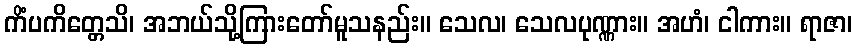
ကိံပကိတ္တေသိ၊ အဘယ်သို့ကြားတော်မူသနည်း။ သေလ၊ သေလပုဏ္ဏား။ အဟံ၊ ငါကား။ ရာဇာ၊